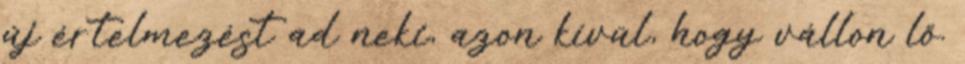
új értelmezést ad neki, azon kívül, hogy vállon lő.